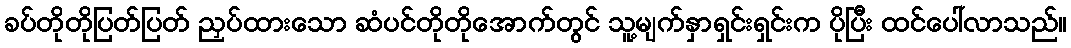
ခပ်တိုတိုပြတ်ပြတ် ညှပ်ထားသော ဆံပင်တိုတိုအောက်တွင် သူ့မျက်နှာရှင်းရှင်းက ပိုပြီး ထင်ပေါ်လာသည်။